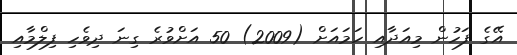
އޭގެ ފަހުން މިއަދާއި ހަމައަށް (2009) 50 އަށްވުރެ ގިނަ ދިވެހި ފިލްމާއި